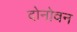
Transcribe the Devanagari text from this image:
दोनोवन